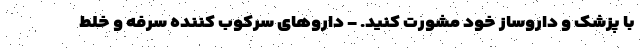
با پزشک و داروساز خود مشورت کنید. - داروهای سرکوب کننده سرفه و خلط